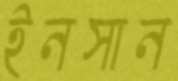
ইনসান